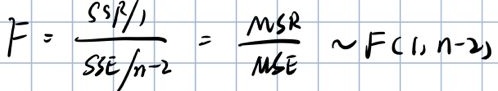
\[
F = \frac{SSR/1}{SSE/n - 2} = \frac{MSR}{MSE} \sim F(1, n - 2)
\]